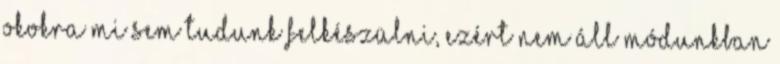
okokra mi sem tudunk felkészülni, ezért nem áll módunkban